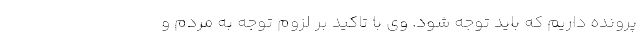
پرونده داریم که باید توجه شود. وی با تاکید بر لزوم توجه به مردم و